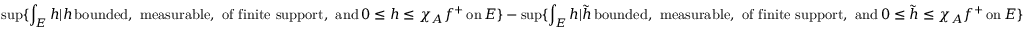
\operatorname* { s u p } \{ \int _ { E } h \vert h \, \mathrm { b o u n d e d , ~ m e a s u r a b l e , ~ o f ~ f i n i t e ~ s u p p o r t , ~ a n d } \, 0 \leq h \leq \chi _ { A } f ^ { + } \, \mathrm { o n } \, E \} - \operatorname* { s u p } \{ \int _ { E } h \vert \tilde { h } \, \mathrm { b o u n d e d , ~ m e a s u r a b l e , ~ o f ~ f i n i t e ~ s u p p o r t , ~ a n d } \, 0 \leq \tilde { h } \leq \chi _ { A } f ^ { + } \, \mathrm { o n } \, E \}